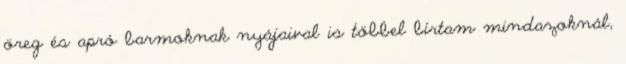
öreg és apró barmoknak nyájaival is többel bírtam mindazoknál,